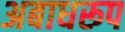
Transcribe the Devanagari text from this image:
अबाधरूप